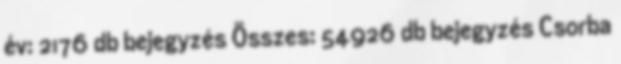
év: 2176 db bejegyzés Összes: 54926 db bejegyzés Csorba